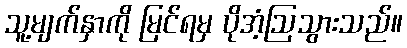
သူ့မျက်နှာကို မြင်ရမှ ပိုအံ့ဩသွားသည်။